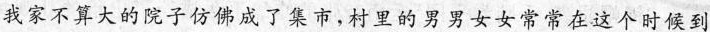
我家不算大的院子仿佛成了集市,村里的男男女女常常在这个时候到